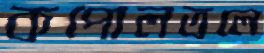
কপোলতলে